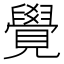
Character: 覺